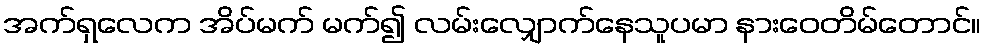
အက်ရှလေက အိပ်မက် မက်၍ လမ်းလျှောက်နေသူပမာ နားဝေတိမ်တောင်။